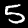
Digit: 5